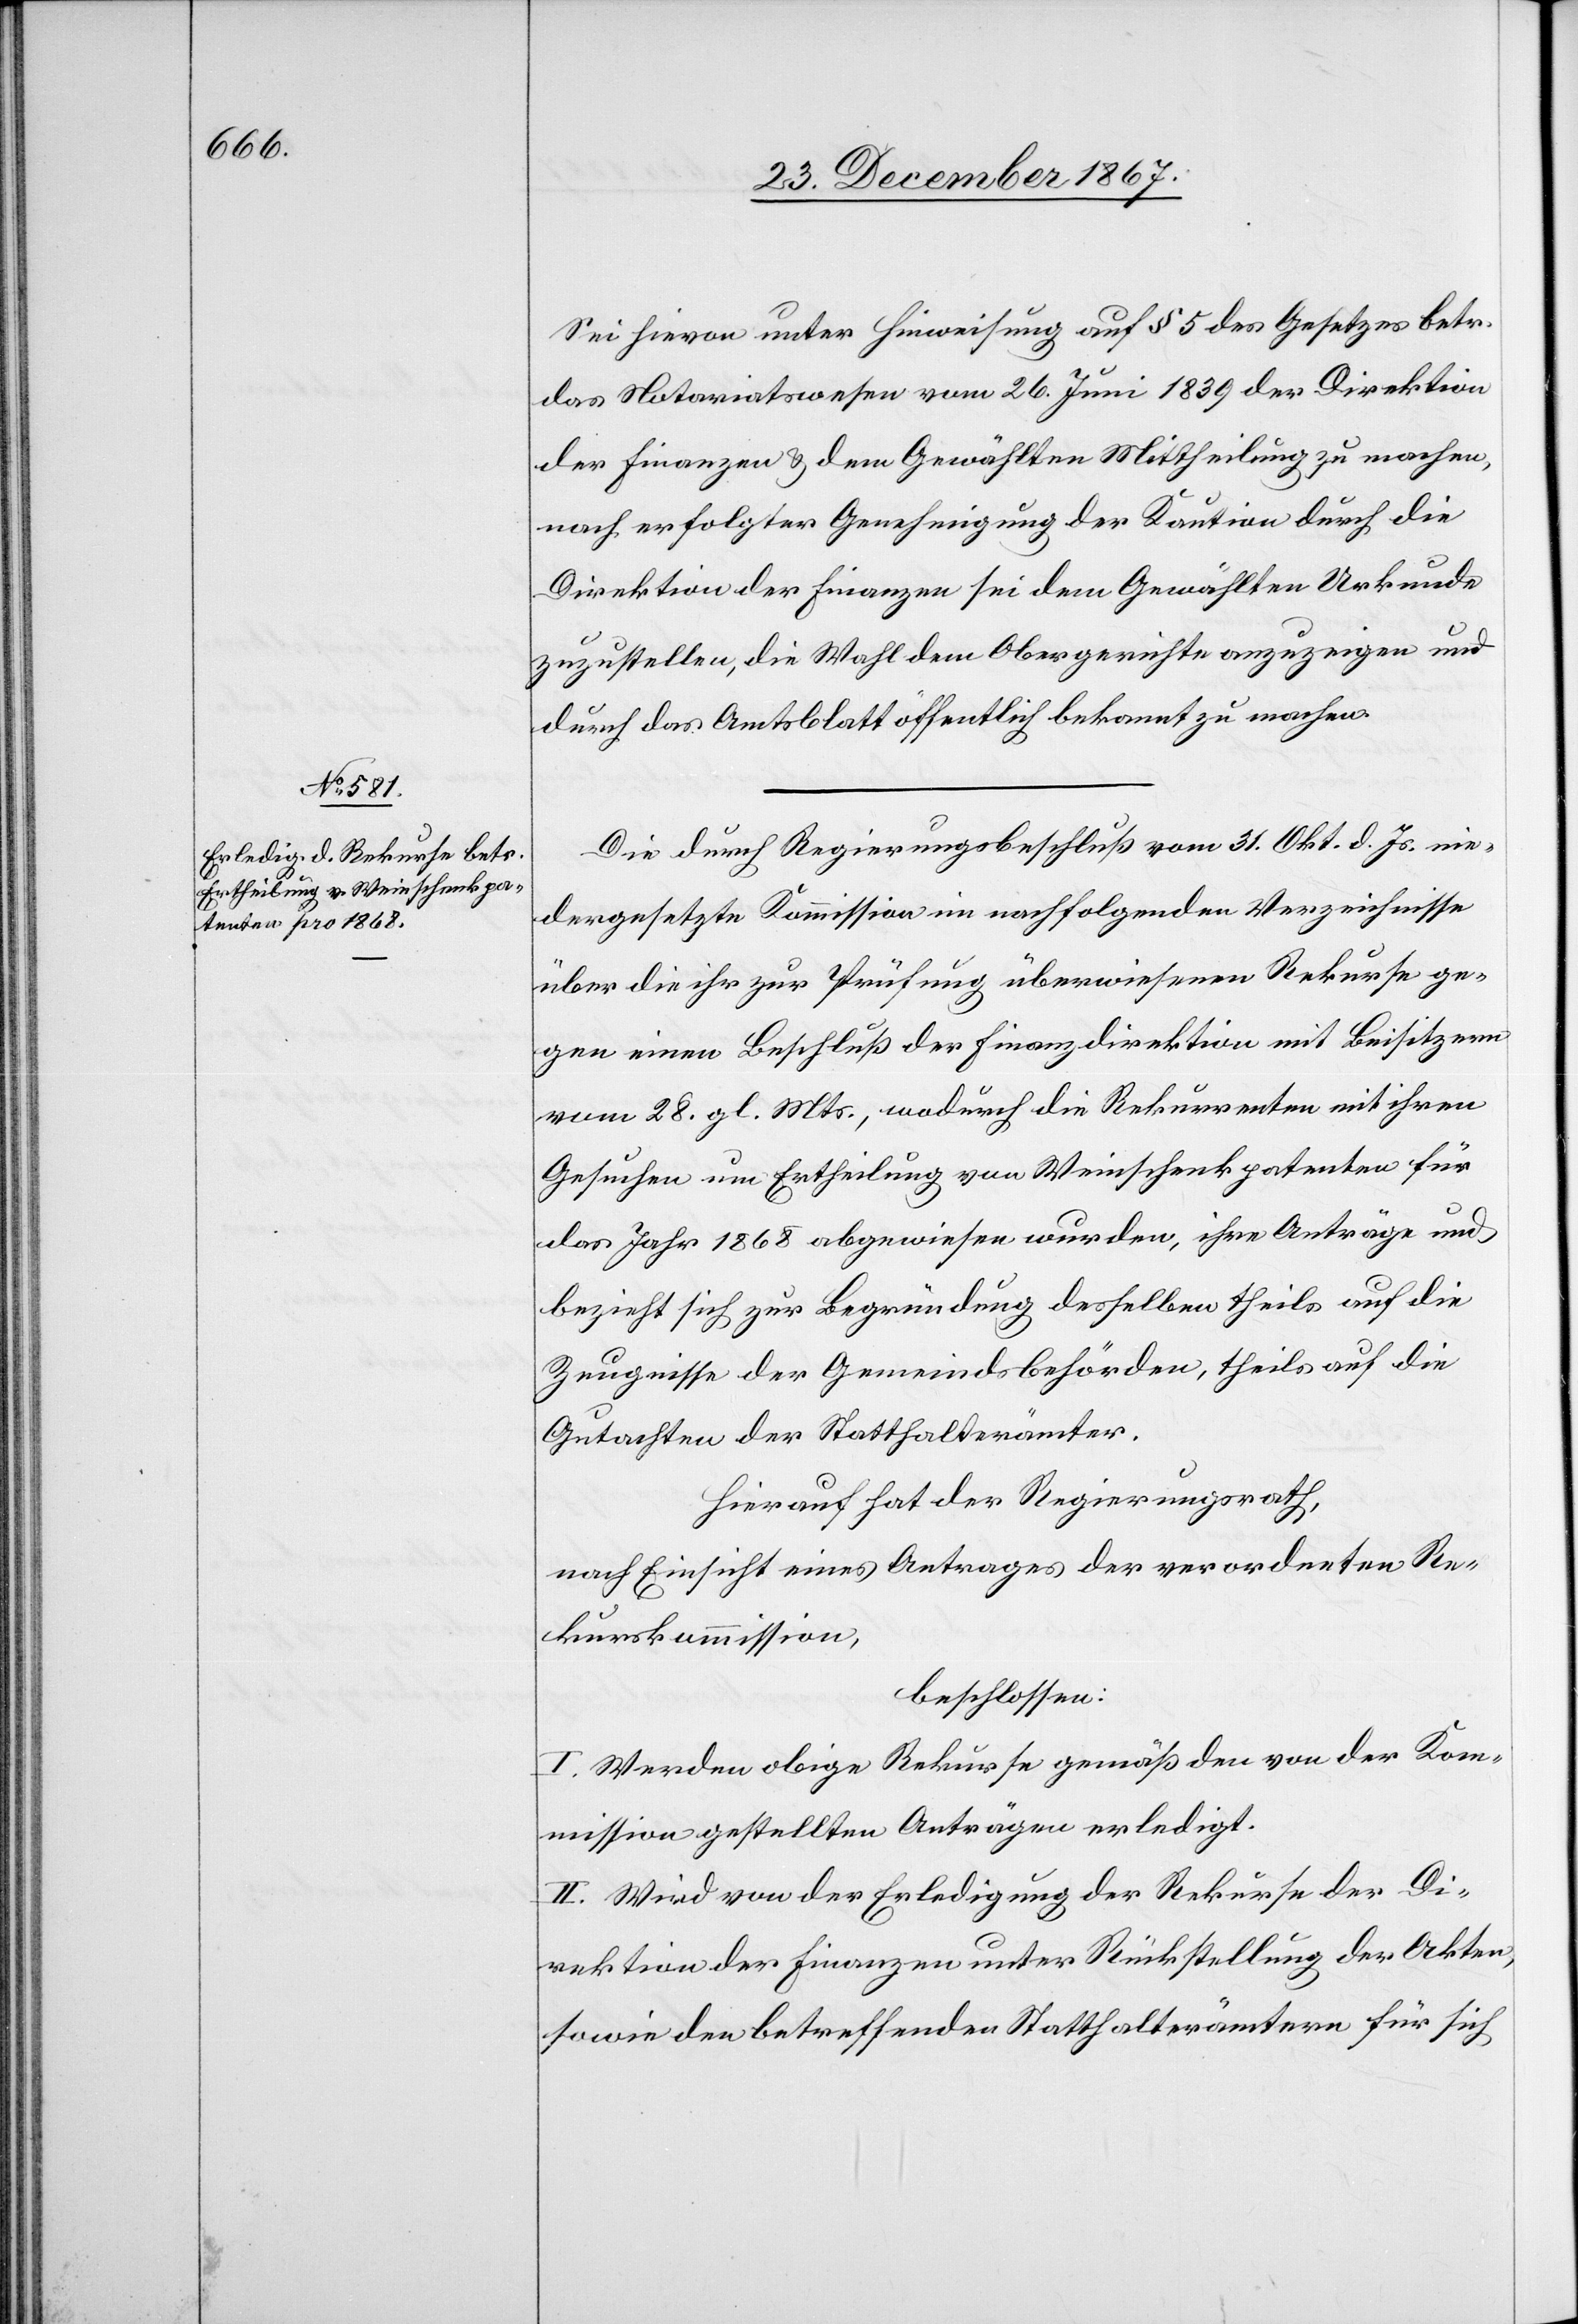
ffend

Sei hievon unter Hinweisung auf § 5 des Gesetzes betre¬
das Notariatswesen vom 26. Juni 1839 der Direktion
der Finanzen u. dem Gewählten Mittheilung zu machen,
nach erfolgter Genehmigung der Kaution durch die
Direktion der Finanzen sei dem Gewählten Urkunde
zuzustellen, die Wahl dem Obergerichte anzuzeigen und
durch das Amtsblatt öffentlich bekannt zu machen.
Die durch Regierungsbeschluß vom 31. Okt. d. Js. nie¬
dergesetzte Kommission [macht] im nachfolgenden Verzeichnisse
über die ihr zur Prüfung überwiesenen Rekurse ge¬
gen einen Beschluß der Finanzdirektion mit Beisitzern
vom 28. gl. Mts., wodurch die Rekurrenten mit ihrem
Gesuchen um Ertheilung von Weinschenkpatenten für
das Jahr 1868 abgewiesen wurden, ihre Anträge und
bezieht sich zur Begründung desselben theils auf die
Zeugnisse der Gemeindsbehörden, theils auf die
Gutachten der Statthalterämter.
Hierauf hat der Regierungsrath,
nach Einsicht eines Antrages der verordneten Re¬
kurskommission,
beschlossen:
I. Werden obige Rekurse gemäß den von der Kom¬
mission gestellten Anträgen erledigt.
II. Wird von der Erledigung der Rekurse der Di¬
rektion der Finanzen unter Rückstellung der Akten,
sowie den betreffenden Statthalterämtern für sich